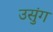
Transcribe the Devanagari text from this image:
उसुंग